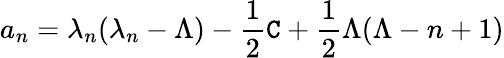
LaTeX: a_{n}=\lambda_{n}(\lambda_{n}-\Lambda)-\frac 12\texttt{C}+\frac 12\Lambda(\Lambda-n+1)